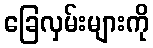
ခြေလှမ်းများကို